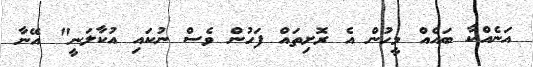
އަނެއްކާ ބައެއް މީހުން އެ ރޮށިތައް ފަހުން ވެސް ނުކައި އުކާލަނީ" އޭނާ